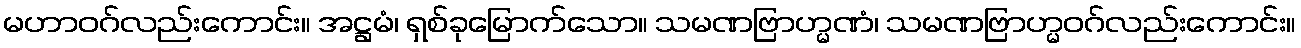
မဟာဝဂ်လည်းကောင်း။ အဋ္ဌမံ၊ ရှစ်ခုမြောက်သော။ သမဏဗြာဟ္မဏံ၊ သမဏဗြာဟ္မဝဂ်လည်းကောင်း။